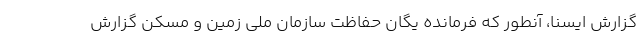
گزارش ایسنا، آنطور که فرمانده یگان حفاظت سازمان ملی زمین و مسکن گزارش